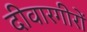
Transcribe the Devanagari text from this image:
दीवारगीरों